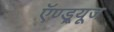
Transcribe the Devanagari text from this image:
ऍण्ड्र्यूज